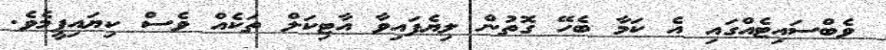
ވެބްސައިޓެއްގައި އެ ކަމާ ބެހޭ ގޮތުން ލިޔެފައިވާ އާޓިކަލް ތަކެއް ވެސް ކިޔައިފީމެވެ.